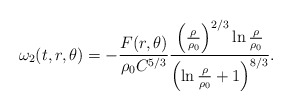
\begin{align*}\omega_2(t,r,\theta) = - \frac{F(r,\theta)}{\rho_0 C^{5/3}}\frac{\left( \frac{\rho}{\rho_0} \right)^{2/3} \ln\frac{\rho}{\rho_0}}{\left( \ln \frac{\rho}{\rho_0} + 1\right)^{8/3}}. \end{align*}